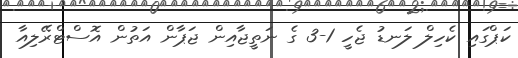
ކަޕްގައި ކެހިލް ލަނޑު ޖެހީ 1-3 ގެ ނަތީޖާއިން ޖަޕާން އަތުން އޮސްޓްރޭލިއާ